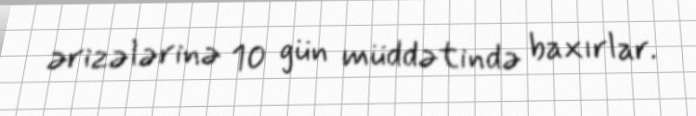
ərizələrinə 10 gün müddətində baxırlar.